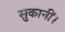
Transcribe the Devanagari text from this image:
सुकानीं।